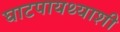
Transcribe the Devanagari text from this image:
घाटपायथ्याशी